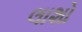
લાશો